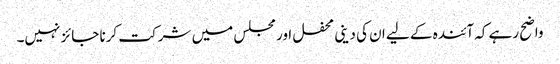
واضح رہے کہ آئندہ کے لیے ان کی دینی محفل اور مجلس میں شرکت کرنا جائز نہیں۔